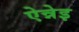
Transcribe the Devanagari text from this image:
ऐन्नेइ